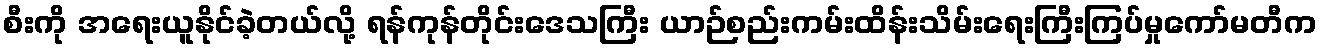
စီးကို အရေးယူနိုင်ခဲ့တယ်လို့ ရန်ကုန်တိုင်းဒေသကြီး ယာဉ်စည်းကမ်းထိန်းသိမ်းရေးကြီးကြပ်မှုကော်မတီက